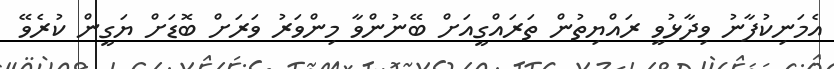
އެމަނިކުފާނު ވިދާޅުވީ ރައްޔިތުން ތަރައްގީއަށް ބޭނުންވާ މިންވަރު ވަރަށް ބޮޑަށް ޔަގީން ކުރެވޭ